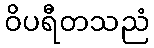
ဝိပရီတသညံ